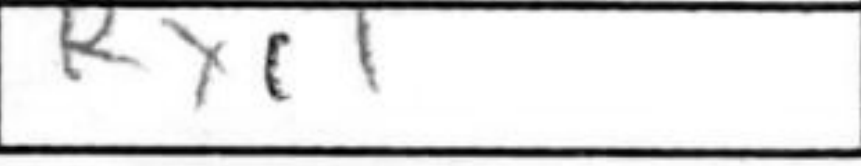
Transcription: Rxc1